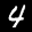
Label: 4